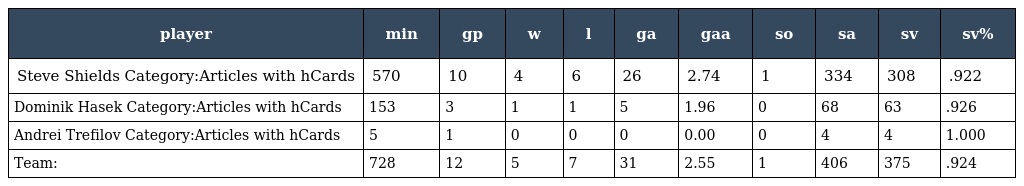
| player | min | gp | w | l | ga | gaa | so | sa | sv | sv% |
 | --- | --- | --- | --- | --- | --- | --- | --- | --- | --- | --- |
 | Steve Shields Category:Articles with hCards | 570 | 10 | 4 | 6 | 26 | 2.74 | 1 | 334 | 308 | .922 |
 | Dominik Hasek Category:Articles with hCards | 153 | 3 | 1 | 1 | 5 | 1.96 | 0 | 68 | 63 | .926 |
 | Andrei Trefilov Category:Articles with hCards | 5 | 1 | 0 | 0 | 0 | 0.00 | 0 | 4 | 4 | 1.000 |
 | Team: | 728 | 12 | 5 | 7 | 31 | 2.55 | 1 | 406 | 375 | .924 |